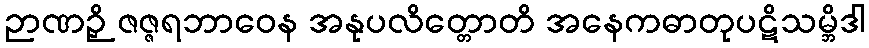
ဉာဏဉှိ ဇဇ္ဇရဘာဝေန အနုပလိတ္တောတိ အနေကဓာတုပဋိသမ္ဘိဒါ